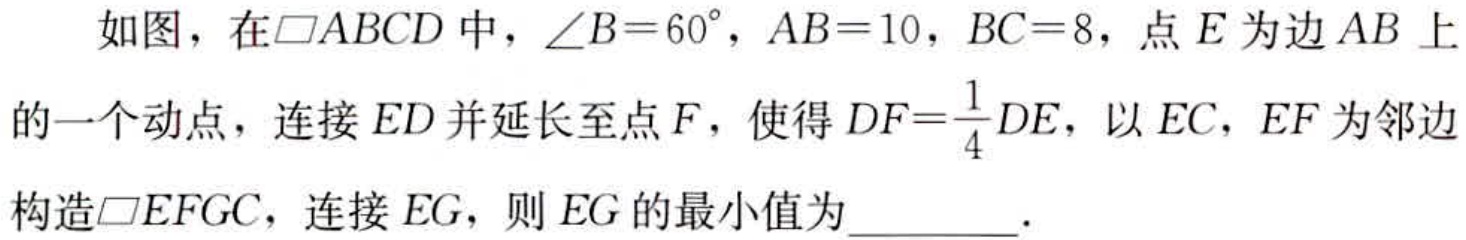
如图，在$\square ABCD$中，$\angle B = 60^{\circ}$，$AB = 10$，$BC = 8$，点$E$为边$AB$上的一个动点，连接$ED$并延长至点$F$，使得$DF=\frac{1}{4}DE$，以$EC$，$EF$为邻边构造$\square E F G C$，连接$EG$，则$EG$的最小值为________．